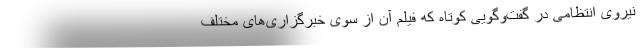
نیروی انتظامی در گفت‌وگویی کوتاه که فیلم آن از سوی خبرگزاری‌های مختلف